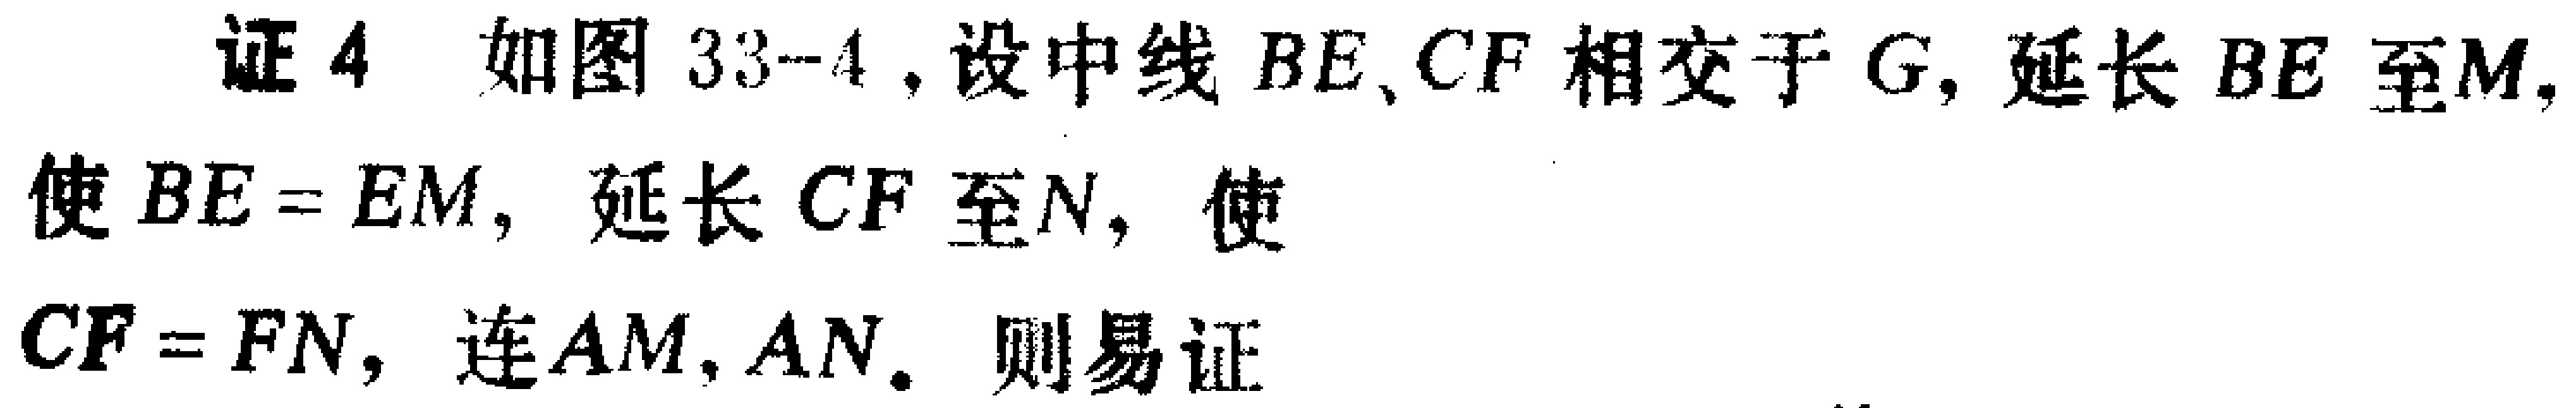
证4 如图33-4，设中线\(BE\)、\(CF\)相交于\(G\)，延长\(BE\)至\(M\)，使\(BE = EM\)，延长\(CF\)至\(N\)，使\(CF = FN\)，连\(AM\)，\(AN\)。则易证